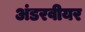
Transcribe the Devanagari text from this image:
अंडरवीयर